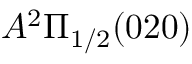
A ^ { 2 } \Pi _ { 1 / 2 } ( 0 2 0 )